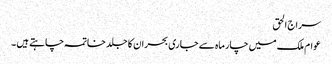
سراج الحق
عوام ملک میں چارماہ سے جاری بحران کا جلد خاتمہ چاہتے ہیں ۔